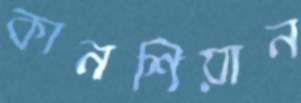
কানশিয়ান